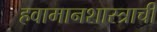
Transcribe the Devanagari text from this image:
हवामानशास्त्राची